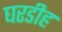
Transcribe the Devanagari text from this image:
घरडीह